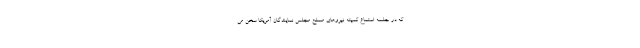
که در جلسه استماع کمیته نیروهای مسلح مجلس نمایندگان آمریکا سخن می